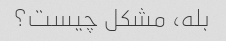
بله، مشکل چیست؟